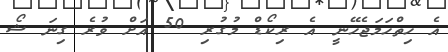
އެ ހިތްހަމަޖެހޭނީ އެ ރިކޯޑް މުގުރި 50 އަށް ވުރެ ގިނަ ޝޯ